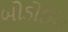
બોડોઈન